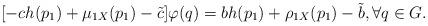
LaTeX: \begin{align*}[-ch(p_1)+\mu_{1X}(p_1)-\tilde{c}]\varphi(q)=bh(p_1)+\rho_{1X}(p_1)-\tilde{b}, \forall q\in G.\end{align*}